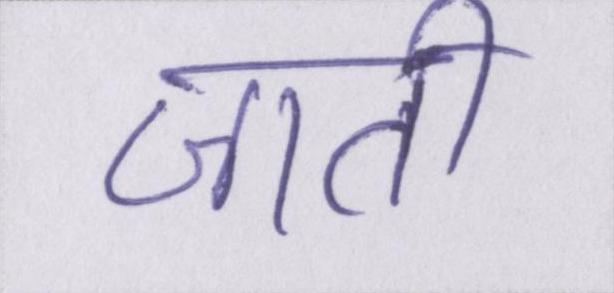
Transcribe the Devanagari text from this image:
जाती